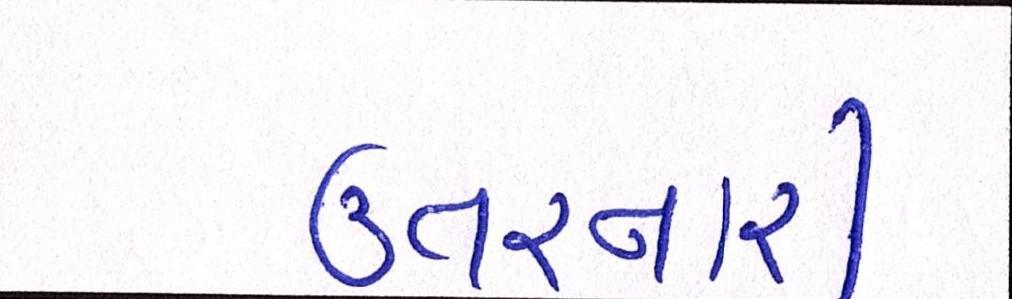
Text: ઊતરનારી